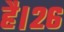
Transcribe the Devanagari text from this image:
है।२६